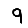
Digit: 9